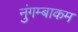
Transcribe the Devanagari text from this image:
नुंगम्बाकम